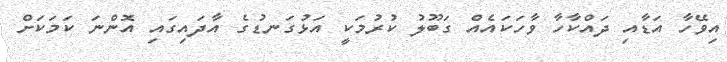
އިވޭހާ އަޑާއި ދައްކާހާ ވާހަކައެއް ގަބޫލު ކުރުމަކީ އަޅުގަނޑުގެ އާދައިގައި އޮންނަ ކަމަކަށް